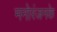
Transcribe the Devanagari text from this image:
मनोरंजनके